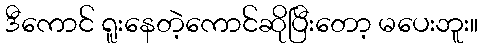
ဒီကောင် ရူးနေတဲ့ကောင်ဆိုပြီးတော့ မပေးဘူး။